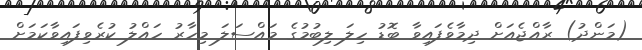
(މަންދު) ރާއްޖެއަށް ދިމާވެފައިވާ ބޮޑު ހިލަ ލިބުމުގެ މައްސަލަ މިހާރު ހައްލު ކުރެވިފައިވާކަމަށް